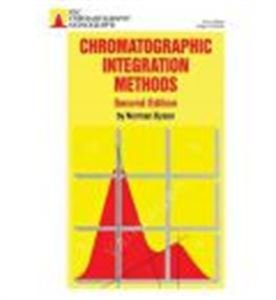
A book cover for Chromatographic Integration Methods (RSC Chromatography Monographs); Norman Dyson; Science & Math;